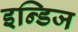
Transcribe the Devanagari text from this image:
इन्डिज